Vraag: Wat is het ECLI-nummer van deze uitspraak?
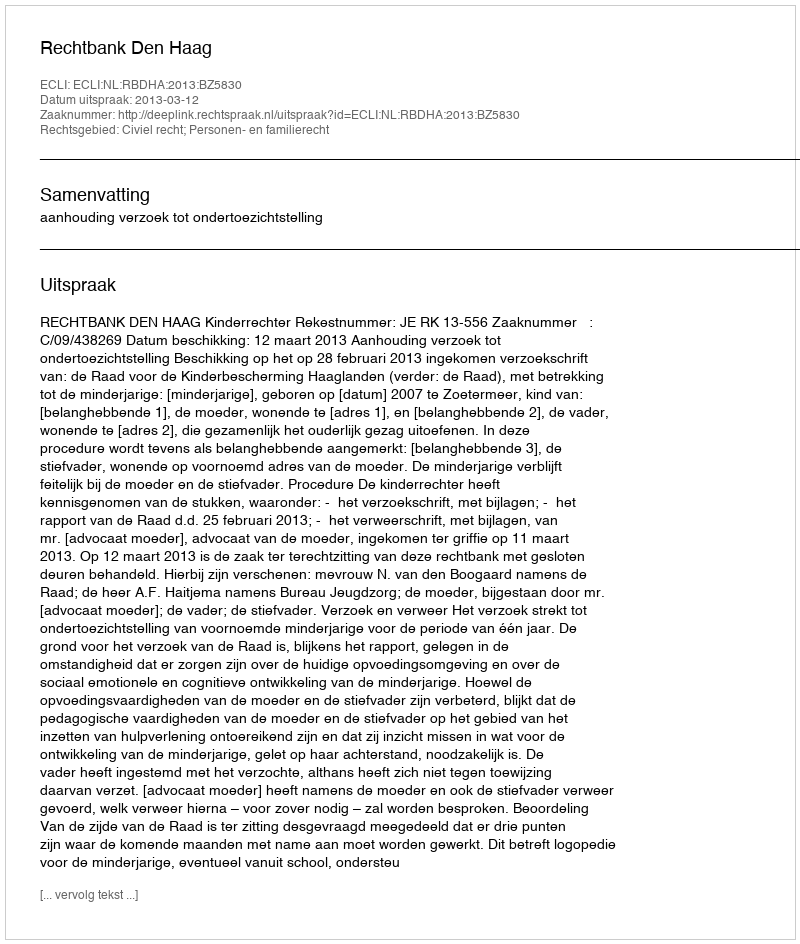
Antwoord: ECLI:NL:RBDHA:2013:BZ5830